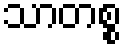
သာတစ္စ